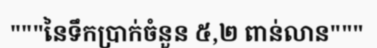
"""នៃទឹកប្រាក់ចំនួន ៥,២ ពាន់លាន"""